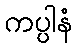
ကပ္ပါနံ